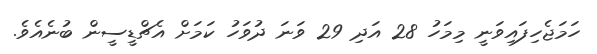
ހަމަޖެހިފައިވަނީ މިމަހު 28 އަދި 29 ވަނަ ދުވަހު ކަމަށް އެޗްޑީސީން ބުނެއެވެ.